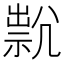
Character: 𡰇